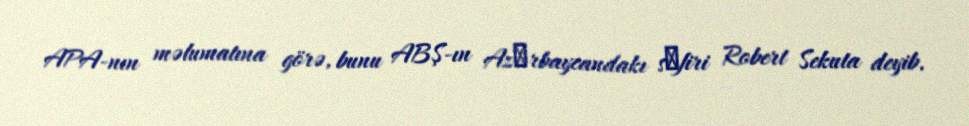
APA-nın məlumatına görə, bunu ABŞ-ın Azәrbaycandakı sәfiri Robert Sekuta deyib.